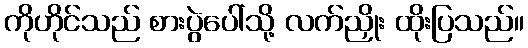
ကိုဟိုင်သည် စားပွဲပေါ်သို့ လက်ညှိုး ထိုးပြသည်။